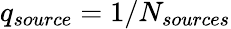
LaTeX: q_{source}=1/N_{sources}